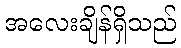
အလေးချိန်ရှိသည်